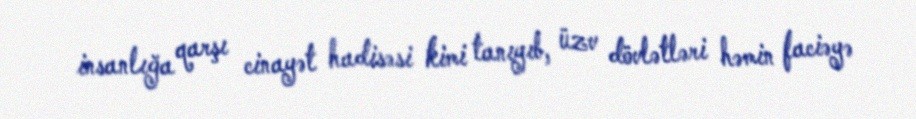
insanlığa qarşı cinayət hadisəsi kimi tanıyıb, üzv dövlətləri həmin faciəyə